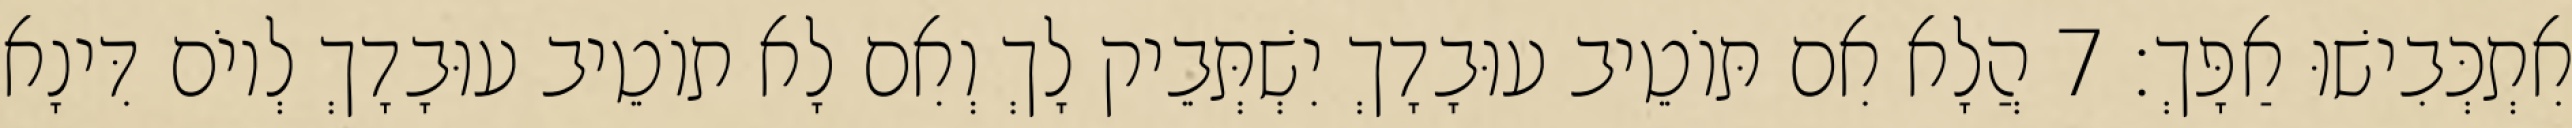
אִתְכְּבִישׁוּ אַפָּךְ׃ 7 הֲלָא אִם תּוֹטֵיב עוּבָדָךְ יִשְׁתְּבֵיק לָךְ וְאִם לָא תוֹטֵיב עוּבָדָךְ לְיוֹם דִּינָא